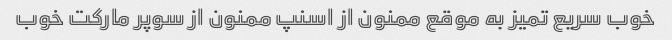
خوب سریع تمیز به موقع ممنون از اسنپ ممنون از سوپر مارکت خوب